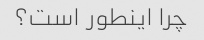
چرا اینطور است؟